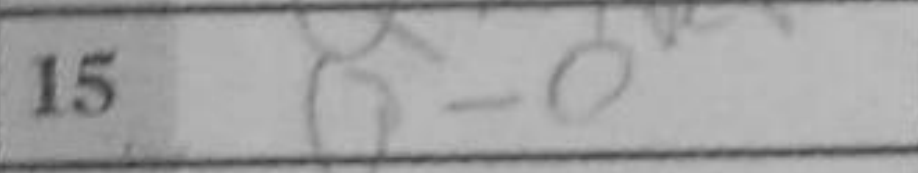
Transcription: O-O